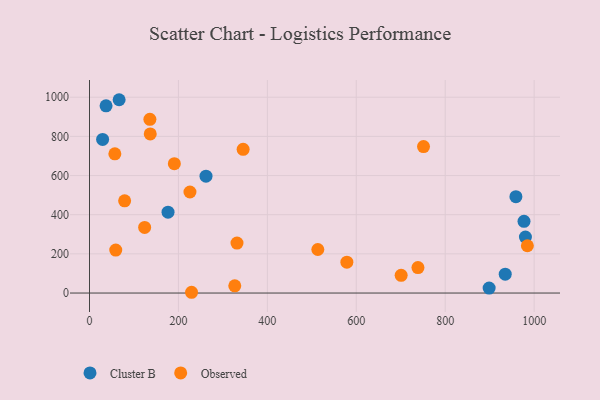
{"axis": {"x": "Experience", "y": "Exam Score"}, "legend": ["Cluster B", "Observed"], "data": [{"x": "935.0", "y": 96.1, "type": "Cluster B"}, {"x": "898.8", "y": 25.5, "type": "Cluster B"}, {"x": "959.0", "y": 492.3, "type": "Cluster B"}, {"x": "980.4", "y": 285.7, "type": "Cluster B"}, {"x": "37.2", "y": 956.1, "type": "Cluster B"}, {"x": "29.5", "y": 784.6, "type": "Cluster B"}, {"x": "176.6", "y": 412.9, "type": "Cluster B"}, {"x": "262.0", "y": 596.9, "type": "Cluster B"}, {"x": "66.6", "y": 987.2, "type": "Cluster B"}, {"x": "977.2", "y": 366.0, "type": "Cluster B"}, {"x": "984.8", "y": 241.4, "type": "Observed"}, {"x": "190.8", "y": 660.4, "type": "Observed"}, {"x": "578.8", "y": 157.7, "type": "Observed"}, {"x": "700.9", "y": 90.4, "type": "Observed"}, {"x": "513.5", "y": 222.3, "type": "Observed"}, {"x": "57.0", "y": 711.1, "type": "Observed"}, {"x": "738.7", "y": 129.9, "type": "Observed"}, {"x": "135.8", "y": 887.2, "type": "Observed"}, {"x": "229.5", "y": 3.9, "type": "Observed"}, {"x": "79.0", "y": 470.8, "type": "Observed"}, {"x": "225.9", "y": 516.1, "type": "Observed"}, {"x": "331.7", "y": 254.9, "type": "Observed"}, {"x": "136.6", "y": 812.8, "type": "Observed"}, {"x": "124.0", "y": 335.2, "type": "Observed"}, {"x": "59.0", "y": 219.2, "type": "Observed"}, {"x": "345.5", "y": 734.1, "type": "Observed"}, {"x": "751.2", "y": 748.1, "type": "Observed"}, {"x": "326.7", "y": 36.8, "type": "Observed"}]}